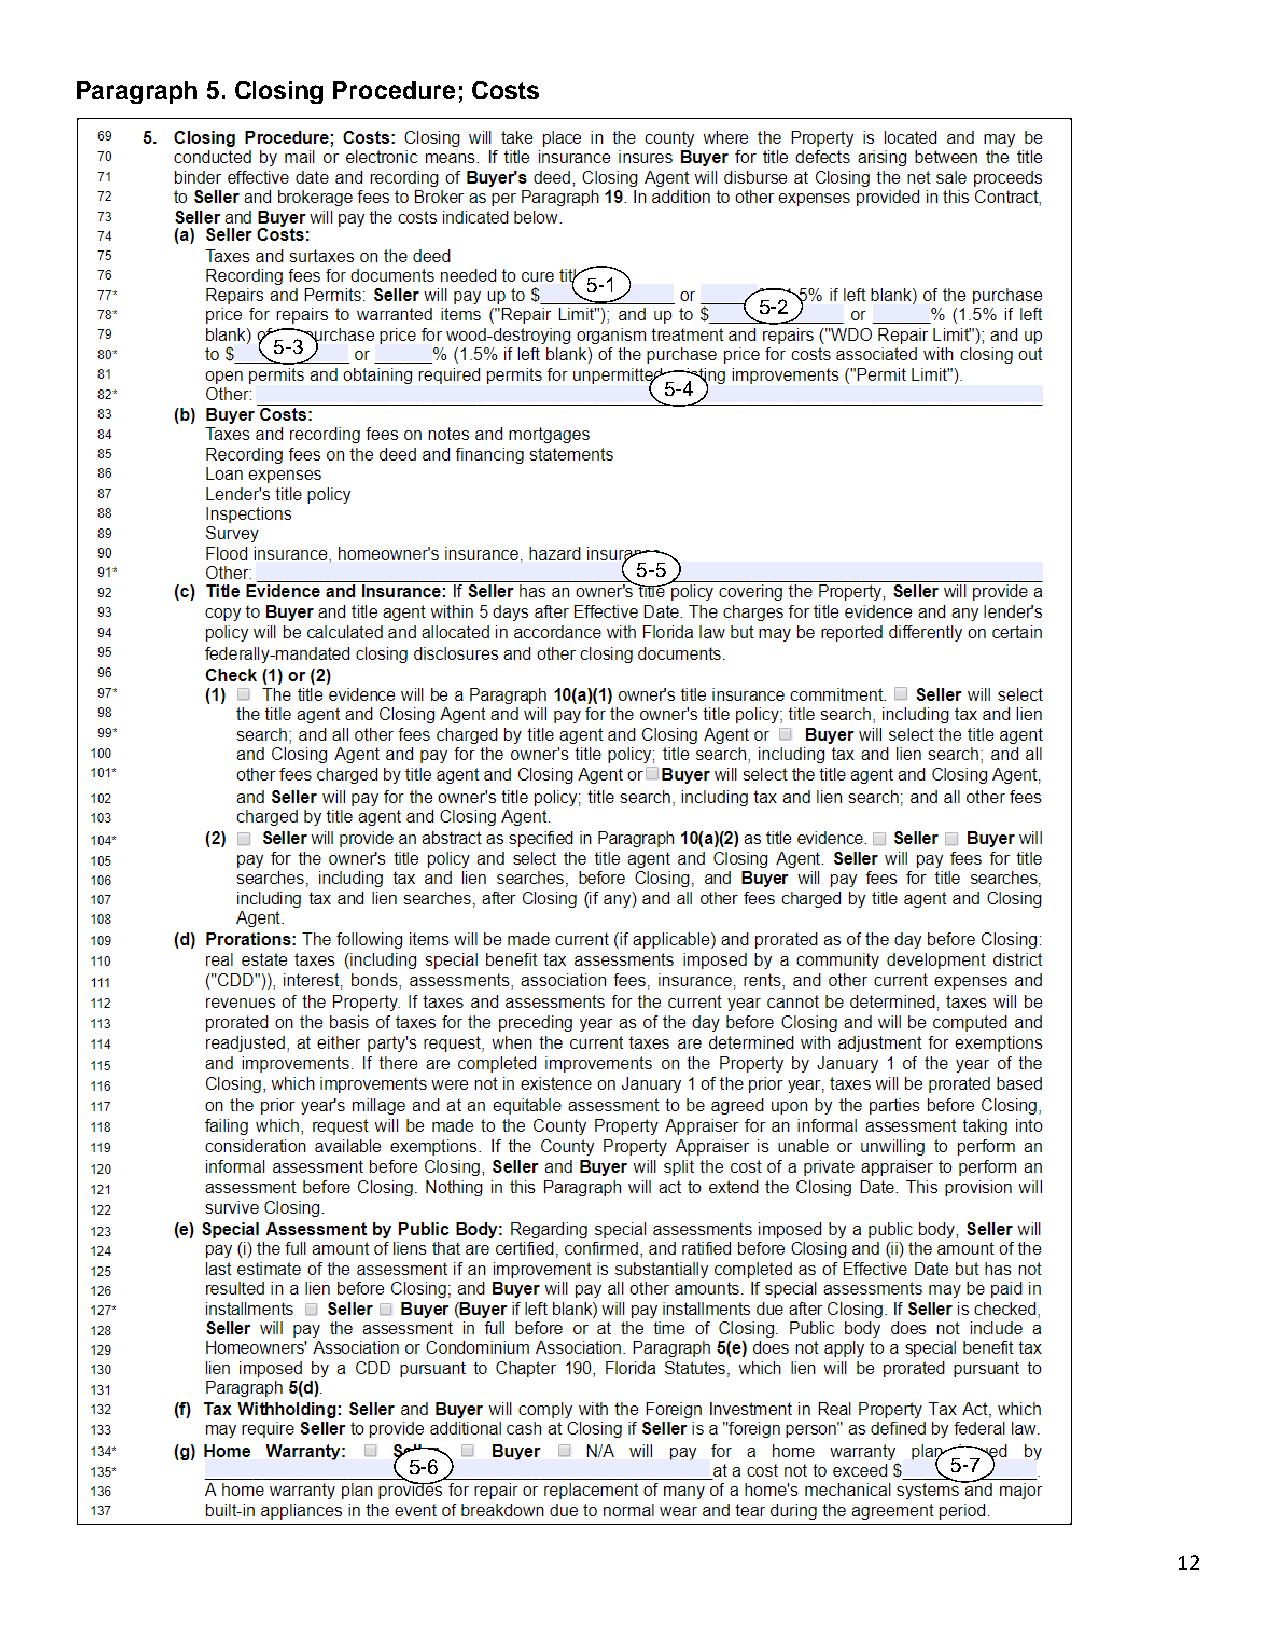
Paragraph 5. Closing Procedure; Costs
 5-1
 5-2
 5-3
 5-4
 5-5
 5-6                                 5-7
 12